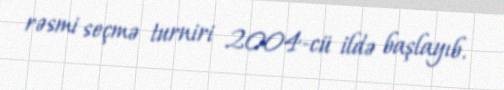
rəsmi seçmə turniri 2004-cü ildə başlayıb.